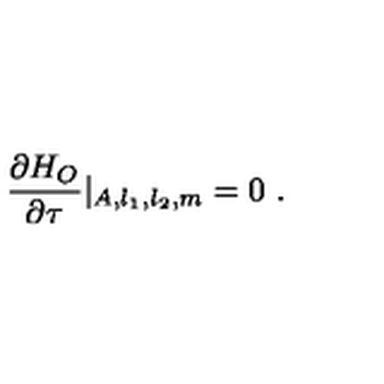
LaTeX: { \frac { \partial H _ { O } } { \partial \tau } } | _ { A , l _ { 1 } , l _ { 2 } , m } = 0 \ .